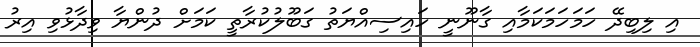
އި ލިބިދޭ ހަމަހަމަކަމާއި ގާނޫނީ ހައިސިއްޔަތު ގަބޫލުކުރާތީ ކަމަށް ދުންޔާ ވިދާޅުވި އިރު